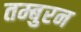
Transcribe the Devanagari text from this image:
तम्बुरन